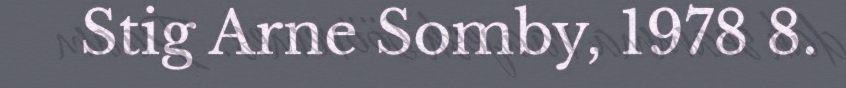
Stig Arne Somby, 1978 8.